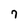
Character: 7